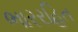
ભારરહિત